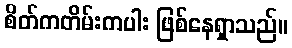
စိတ်ကတိမ်းကပါး ဖြစ်နေရှာသည်။